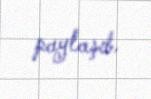
paylaşıb.